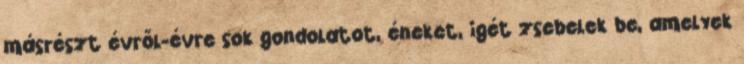
másrészt évről-évre sok gondolatot, éneket, igét zsebelek be, amelyek